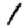
Digit: 1